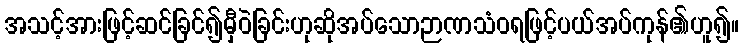
အသင့်အားဖြင့်ဆင်ခြင်၍မှီဝဲခြင်းဟုဆိုအပ်သောဉာဏသံဝရဖြင့်ပယ်အပ်ကုန်၏ဟူ၍။